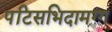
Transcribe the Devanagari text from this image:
पटिसभिदामग्ग